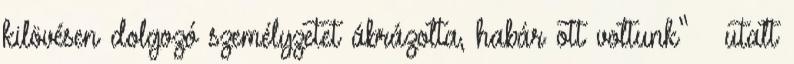
kilövésen dolgozó személyzetet ábrázolta, habár ott voltunk” – utalt